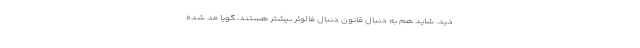
دید. شاید هم به دنبال قانون دنبال فالوئر بیشتر هستند، گویا مد شده